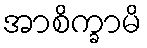
အာစိက္ခာမိ